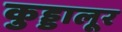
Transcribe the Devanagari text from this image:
कुड्डालूर